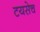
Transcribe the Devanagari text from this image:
टयसेच